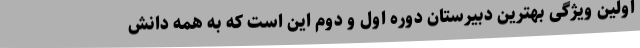
اولین ویژگی بهترین دبیرستان دوره اول و دوم این است که به همه دانش